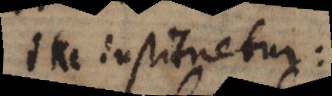
ita instituetur: